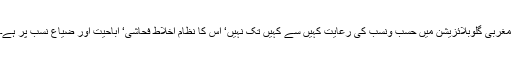
مغربی گلوبلائزیشن میں حسب ونسب کی رعایت کہیں سے کہیں تک نہیں‘ اس کا نظام اخلاط فحاشی‘ اباحیت اور ضیاع نسب پر ہے۔